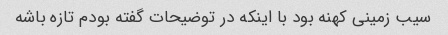
سیب زمینی کهنه بود با اینکه در توضیحات گفته بودم تازه باشه